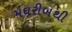
મઘરીબથી